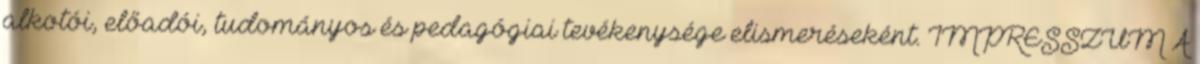
alkotói, előadói, tudományos és pedagógiai tevékenysége elismeréseként. IMPRESSZUM A